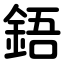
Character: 鋙